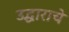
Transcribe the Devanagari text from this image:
उद्धाराचे